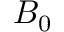
B _ { 0 }